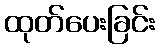
ထုတ်ပေးခြင်း